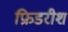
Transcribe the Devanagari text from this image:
फ्रिडरीश